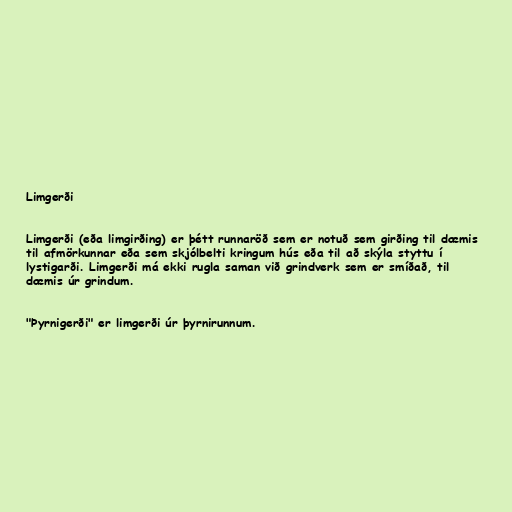
Limgerði

Limgerði (eða limgirðing) er þétt runnaröð sem er notuð sem girðing til dæmis
til afmörkunnar eða sem skjólbelti kringum hús eða til að skýla styttu í
lystigarði. Limgerði má ekki rugla saman við grindverk sem er smíðað, til
dæmis úr grindum.

"Þyrnigerði" er limgerði úr þyrnirunnum.